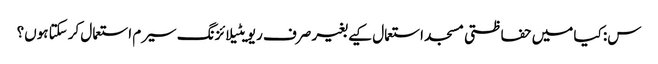
س: کیا میں حفاظتی مسجد استعمال کیے بغیر صرف ریویٹیلائزنگ سیرم استعمال کرسکتا ہوں؟